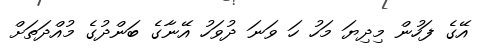
އޭގެ ފަހުން މިދިޔަ މަހު ހަ ވަނަ ދުވަހު އޭނާގެ ބަންދުގެ މުއްދަތަށް